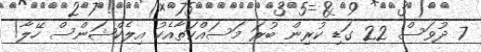
7 ދުވަސް 22 ގަޑި ކުރިން ބުރަ މަސައްކަތާއެކު އިލެކްޝަންސް ހޭލާ!